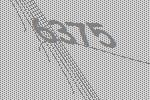
6375